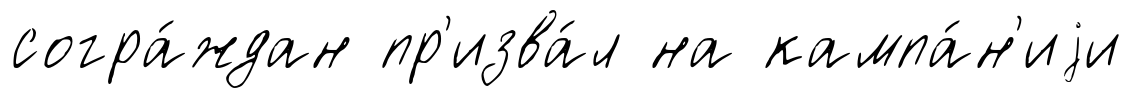
согра́ждан пр'изва́л на кампа́н'иjи